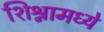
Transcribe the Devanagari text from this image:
शिश्नामध्ये